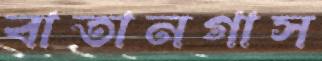
বাতানগাস